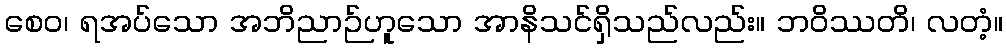
စေဝ၊ ရအပ်သော အဘိညာဉ်ဟူသော အာနိသင်ရှိသည်လည်း။ ဘဝိဿတိ၊ လတံ့။